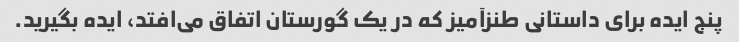
پنج ایده برای داستانی طنزآمیز که در یک گورستان اتفاق می‌افتد، ایده بگیرید.